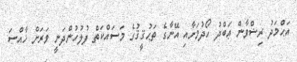
އަޙްމަދު ރިޟްވާން ޢަބްދު ހޯދުމަށާއި އޭނާގެ ތަޙުޤީޤުގެ މަސައްކަތް ފުލުހުންދަނީ ވަރަށް ޚާއްޞަ